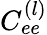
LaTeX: C_{ee}^{(l)}